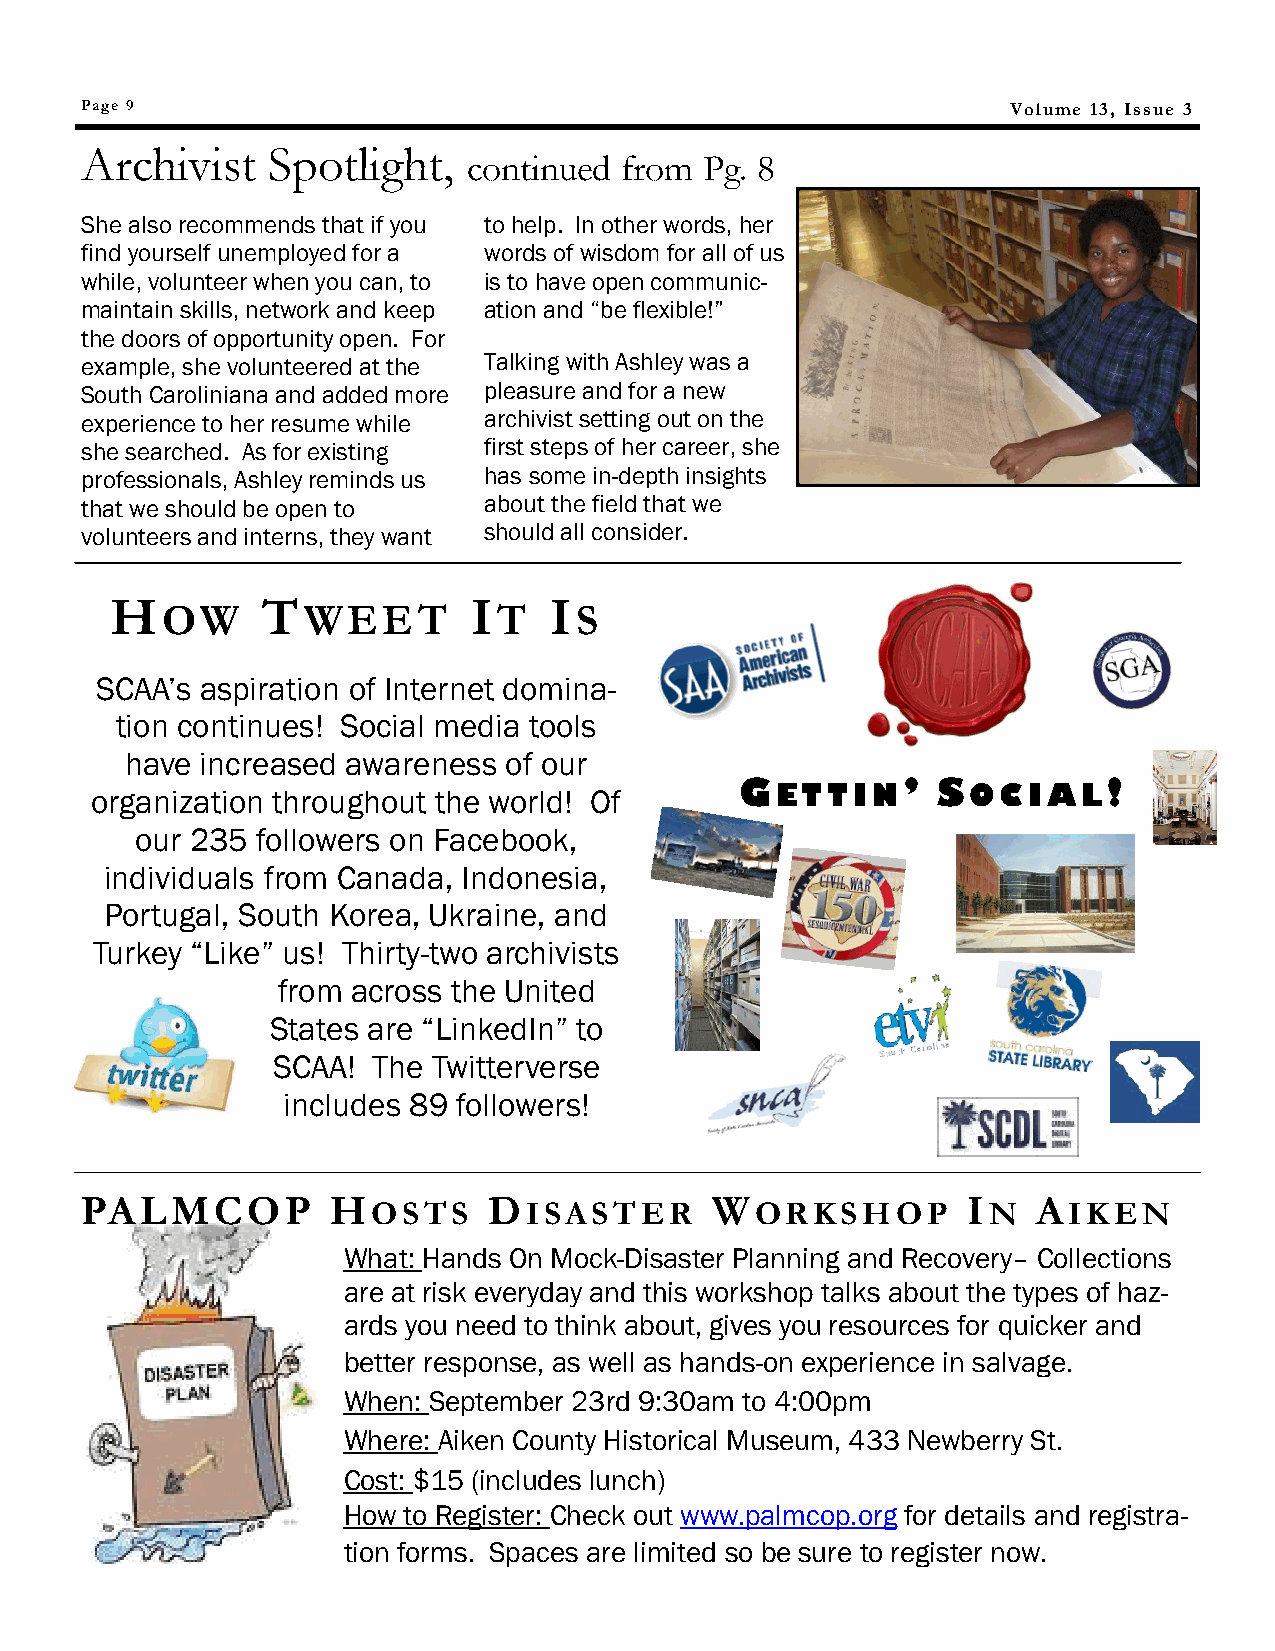
Page 9                                                        Volume 13, Issue 3
 Archivist    Spotlight,
 continued from  Pg. 8
 She also recommends that if you to help. In other words, her
 find yourself unemployed for a words of wisdom for all of us
 while, volunteer when you can, to is to have open communic-
 maintain skills, network and keep ation and ―be flexible!‖
 the doors of opportunity open. For
 example, she volunteered at the Talking with Ashley was a
 South Caroliniana and added more pleasure and for a new
 experience to her resume while archivist setting out on the
 she searched. As for existing first steps of her career, she
 professionals, Ashley reminds us has some in-depth insights
 that we should be open to  about the field that we
 volunteers and interns, they want should all consider.
 H         T             I    I
 OW       WEET         T    S
 SCAA‘s aspiration of Internet domina-
 tion continues! Social media tools
 have increased awareness of our
 G          ’ S          !
 organization throughout the world! Of        ETTIN        OCIAL
 our 235 followers on Facebook,
 individuals from Canada, Indonesia,
 Portugal, South Korea, Ukraine, and
 Turkey ―Like‖ us! Thirty-two archivists
 from across the United
 States are ―LinkedIn‖ to
 SCAA!  The Twitterverse
 includes 89 followers!
 PALMCOP          H         D              W                I    A
 OSTS      ISASTER        ORKSHOP        N     IKEN
 What: Hands On Mock-Disaster Planning and Recovery– Collections
 are at risk everyday and this workshop talks about the types of haz-
 ards you need to think about, gives you resources for quicker and
 better response, as well as hands-on experience in salvage.
 When: September 23rd 9:30am to 4:00pm
 Where: Aiken County Historical Museum, 433 Newberry St.
 Cost: $15 (includes lunch)
 How to Register: Check out www.palmcop.org for details and registra-
 tion forms. Spaces are limited so be sure to register now.